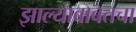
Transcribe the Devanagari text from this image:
झाल्याबाबतचा